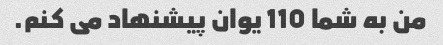
من به شما 110 یوان پیشنهاد می کنم.